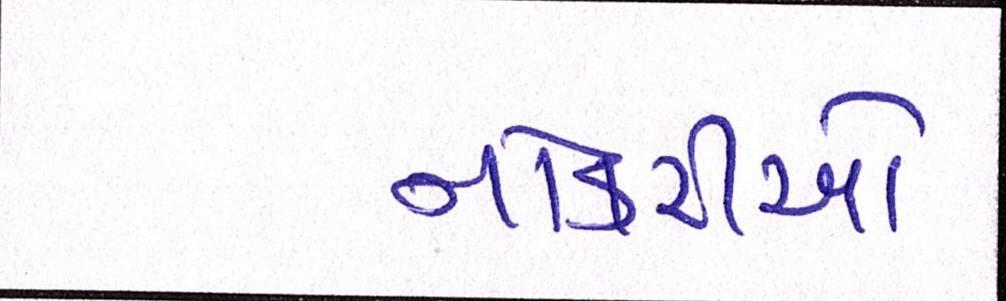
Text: નોકરીઓ